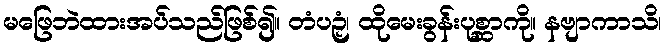
မဖြေဘဲထားအပ်သည်ဖြစ်၍။ တံပဉှံ၊ ထိုမေးခွန်းပုစ္ဆာကို။ နဗျာကာသိ၊